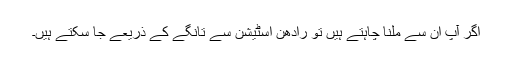
اگر آپ ان سے ملنا چاہتے ہیں تو رادھن اسٹیشن سے تانگے کے ذریعے جا سکتے ہیں۔